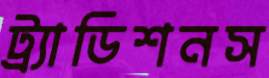
ট্র্যাডিশনস